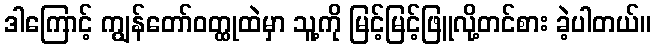
ဒါကြောင့် ကျွန်တော်ဝတ္ထုထဲမှာ သူ့ကို မြင့်မြင့်ဖြူလို့တင်စား ခဲ့ပါတယ်။